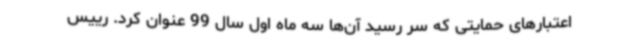
اعتبارهای حمایتی که سر رسید آن‌ها سه ماه اول سال 99 عنوان کرد. رییس